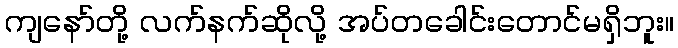
ကျနော်တို့ လက်နက်ဆိုလို့ အပ်တခေါင်းတောင်မရှိဘူး။